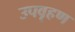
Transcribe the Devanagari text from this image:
उपवृहण